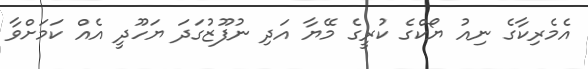
އެމެރިކާގެ ނިއު ޔޯކްގެ ކުރީގެ މޭޔާ އަދި ނުފޫޒުގަދަ ޔަހޫދީ އެއް ކަމަށްވާ